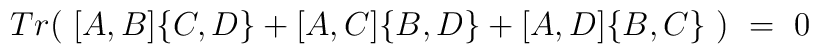
Tr ( \ [A,B] \{ C,D \} + [A,C] \{ B,D \} + [A,D] \{ B,C \} \ )\ = \ 0